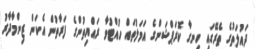
ދައުލަތުގެ ތެރޭގައި ހިނގާ ކޮރަޕްޝަންގެ އަމަލުތައް ހުއްޓުވާ ރައްޔިތުންގެ ފަރާތުން އެކަން ޒިންމާދާރު